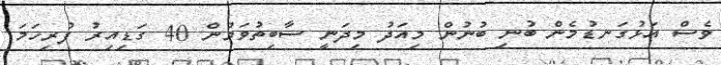
ވެސް އަޅުގަނޑުމެން ބުނި ބުނުން މިއަދު މިދަނީ ސާބިތުވަމުން 40 ގަޑިއިރު ފުރިހަމަ